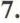
7.